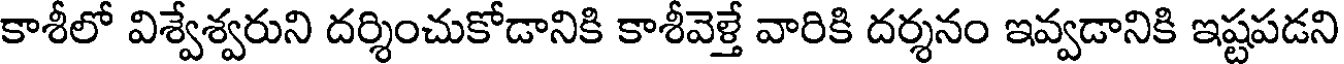
కాశీలో విశ్వేశ్వరుని దర్శించుకోడానికి కాశీవెళ్తే వారికి దర్శనం ఇవ్వడానికి ఇష్టపడని